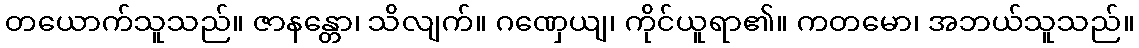
တယောက်သူသည်။ ဇာနန္တော၊ သိလျက်။ ဂဏှေယျ၊ ကိုင်ယူရာ၏။ ကတမော၊ အဘယ်သူသည်။